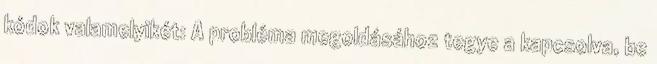
kódok valamelyikét: A probléma megoldásához tegye a kapcsolva, be